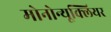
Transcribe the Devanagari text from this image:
मोनोन्यूक्लियर